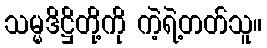
သမ္မဒိဋ္ဌိတို့ကို ကဲ့ရဲ့တတ်သူ။